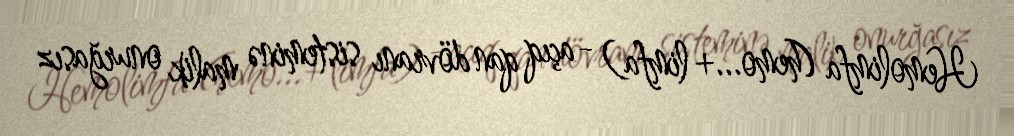
Hemolimfa (hemo...+ limfa) - açıq qan dövranı sisteminə malik onurğasız